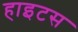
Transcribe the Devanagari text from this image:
हाइटस